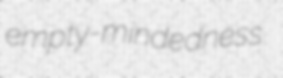
empty-mindedness